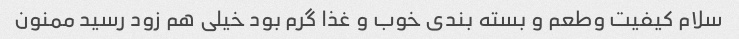
سلام کیفیت وطعم و بسته بندی خوب و غذا گرم بود خیلی هم زود رسید ممنون